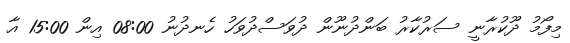
މިފޯމު ދޫކުރާނީ ސަރުކާރު ބަންދުނޫން ދުވަސްދުވަހު ހެނދުނު 08:00 އިން 15:00 އާ